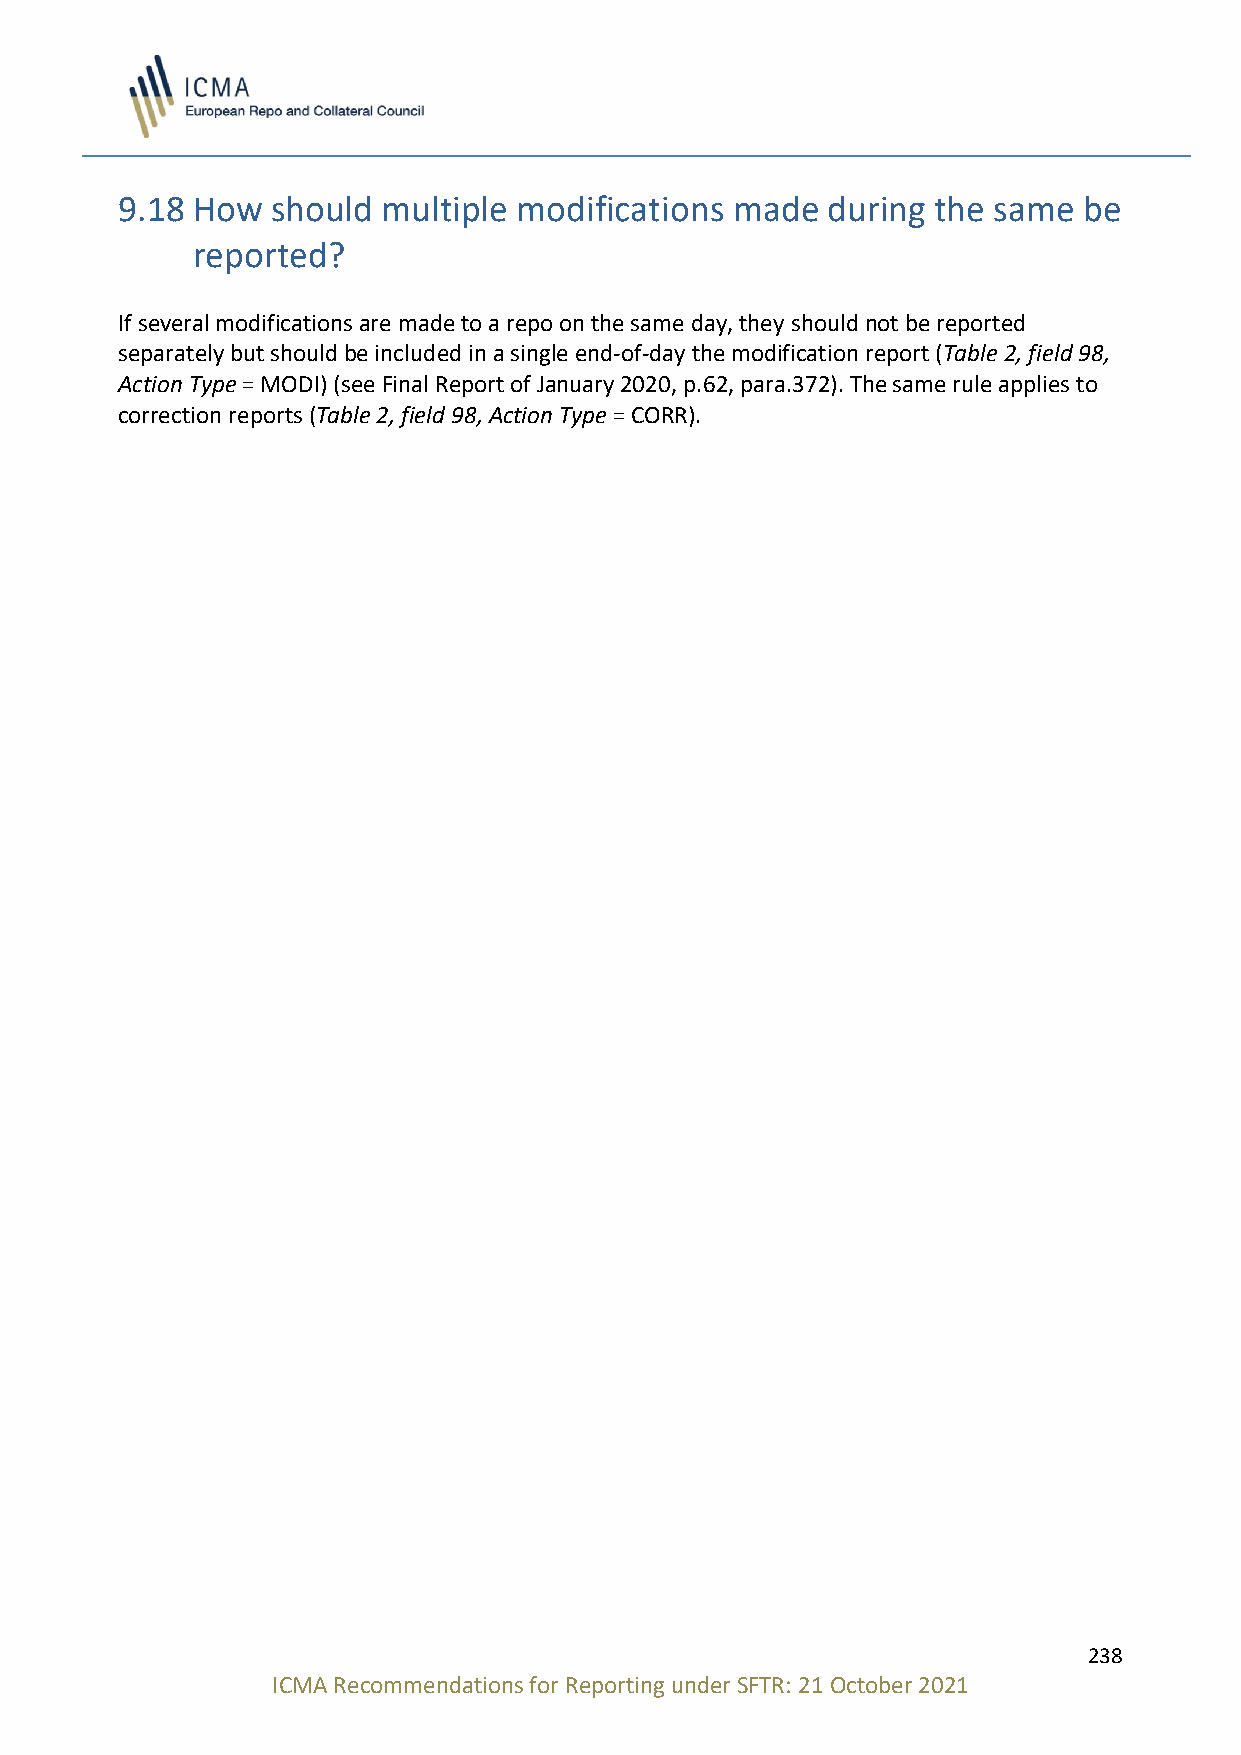
9.18 How  should multiple modifications  made  during the same  be
 reported?
 If several modifications are made to a repo on the same day, they should not be reported
 separately but should be included in a single end-of-day the modification report (Table 2, field 98,
 Action Type = MODI) (see Final Report of January 2020, p.62, para.372). The same rule applies to
 correction reports (Table 2, field 98, Action Type = CORR).
 238
 ICMA Recommendations for Reporting under SFTR: 21 October 2021